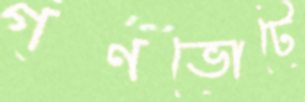
গণভোটে